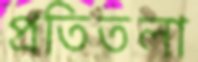
প্রতিতলা